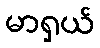
မာရှယ်